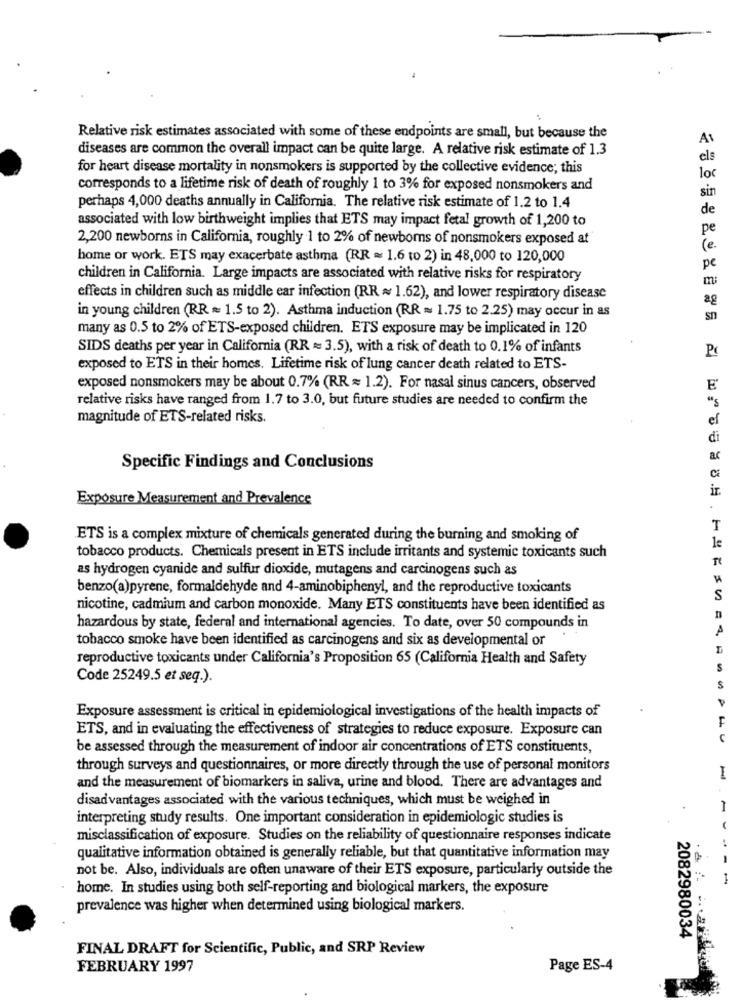
Relative risk estimates associated with some of these endpoints are small, but because the
diseases are common the overall impact can be quite large. A relative risk estimate of 1.3
els
for heart disease mortality in nonsmokers is supported by the collective evidence; this
loc
corresponds to a lifetime risk of death of roughly 1 to 3% for exposed nonsmokers and
sin
perhaps 4,000 deaths annually in California. The relative risk estimate of 1.2 to 1.4
de
associated with low birthweight implies that ETS may impact fetal growth of 1,200 to
pe
2,200 newborns in California, roughly 1 to 2% of newborns of nonsmokers exposed at
(e.
home or work. ETS may exacerbate asthma (RR = 1.6 to 2) in 48,000 to 120,000
pe
children in California. Large impacts are associated with relative risks for respiratory
effects in children such as middle ear infection (RR ~ 1.62), and lower respiratory disease
2g
in young children (RR = 1.5 to 2). Asthma induction (RR = 1.75 to 2.25) may occur in as
sn
many as 0.5 to 2% of ETS-exposed children. ETS exposure may be implicated in 120
SIDS deaths per year in California (RR = 3.5), with a risk of death to 0.1% of infants
exposed to ETS in their homes. Lifetime risk of lung cancer death related to ETS-
exposed nonsmokers may be about 0.7% (RR = 1.2). For nasal sinus cancers, observed
E
relative risks have ranged from 1.7 to 3.0, but future studies are needed to confirm the
"s
magnitude of ETS-related risks.
ef
di
Specific Findings and Conclusions
Ci
ir.
Exposure Measurement and Prevalence
ETS is a complex mixture of chemicals generated during the burning and smoking of
le
tobacco products. Chemicals present in ETS include irritants and systemic toxicants such
as hydrogen cyanide and sulfur dioxide, mutagens and carcinogens such as
benzo(a)pyrene, formaldehyde and 4-aminobiphenyl, and the reproductive toxicants
S
nicotine, cadmium and carbon monoxide. Many ETS constituents have been identified as
hazardous by state, federal and international agencies. To date, over 50 compounds in
tobacco smoke have been identified as carcinogens and six as developmental or
reproductive toxicants under California's Proposition 65 (California Health and Safety
S
Code 25249.5 et seq.).
S
Exposure assessment is critical in epidemiological investigations of the health impacts of
F
ETS, and in evaluating the effectiveness of strategies to reduce exposure. Exposure can
be assessed through the measurement of indoor air concentrations of ETS constituents,
through surveys and questionnaires, or more directly through the use of personal monitors
I
and the measurement of biomarkers in saliva, urine and blood. There are advantages and
disadvantages associated with the various techniques, which must be weighed in
-
interpreting study results. One important consideration in epidemiologic studies is
misclassification of exposure. Studies on the reliability of questionnaire responses indicate
qualitative information obtained is generally reliable, but that quantitative information may
not be. Also, individuals are often unaware of their ETS exposure, particularly outside the
home. In studies using both self-reporting and biological markers, the exposure
prevalence was higher when determined using biological markers.
2082980034
FINAL DRAFT for Scientific, Public, and SRP Review
FEBRUARY 1997
Page ES-4